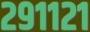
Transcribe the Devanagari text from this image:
२९११२१